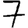
Digit: 7